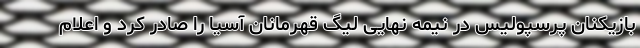
بازیکنان پرسپولیس در نیمه نهایی لیگ قهرمانان آسیا را صادر کرد و اعلام